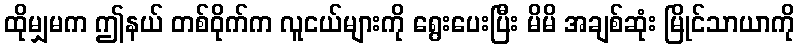
ထိုမျှမက ဤနယ် တစ်ဝိုက်က လူငယ်များကို ရွေးပေးပြီး မိမိ အချစ်ဆုံး မြိုင်သာယာကို